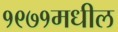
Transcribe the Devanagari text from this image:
१९७१मधील